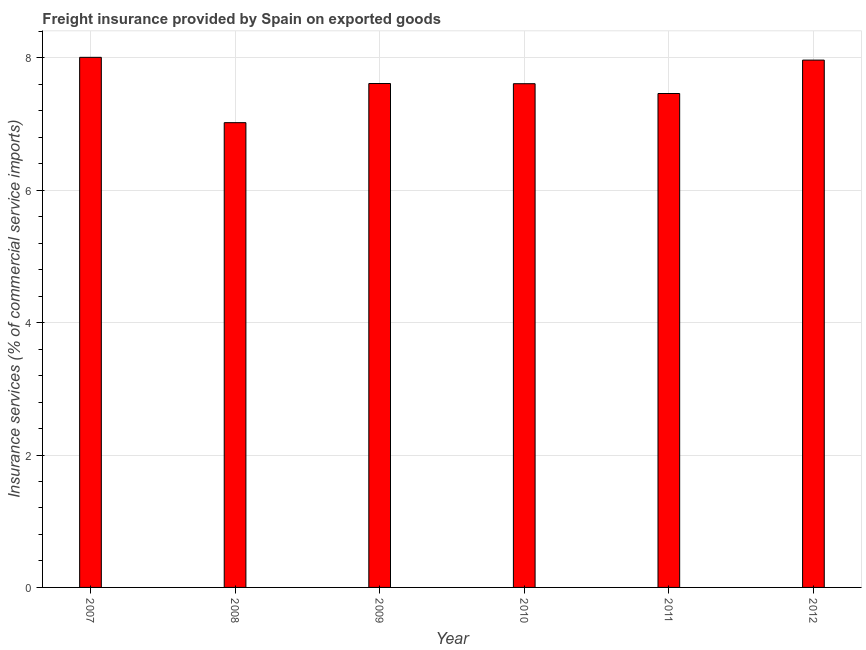
| Year | Insurance and financial services |
 | --- | --- |
 | 2007 | 8.01 |
 | 2008 | 7.02 |
 | 2009 | 7.61 |
 | 2010 | 7.61 |
 | 2011 | 7.46 |
 | 2012 | 7.97 |